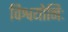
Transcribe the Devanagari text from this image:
विश्वयोनिः